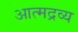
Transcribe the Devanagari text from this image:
आत्मद्रव्य